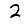
Digit: 2